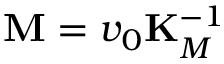
{ \bf M } = v _ { 0 } { \bf K } _ { M } ^ { - 1 }